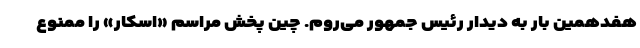
هفدهمین بار به دیدار رئیس جمهور می‌روم. چین پخش مراسم «اسکار» را ممنوع